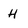
Character: H